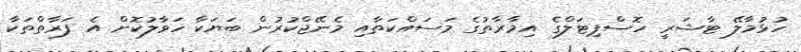
ހުޅުމާލޭ ޓާޝަރީ ހޮސްޕިޓަލްގެ އިމާރާތުގެ މަސައްކަތާއި މެނޭޖްކުރުން ބަޔަކާ ހަވާލުކޮށް އެ ފަރާތްތަކާ